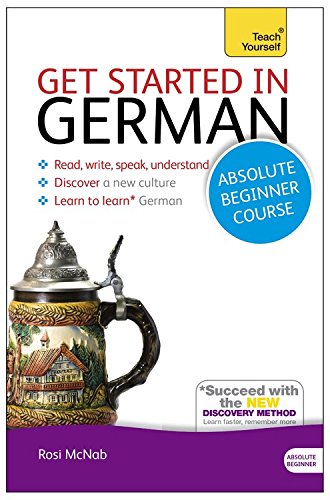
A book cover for Get Started in German Absolute Beginner Course: The essential introduction to reading, writing, speaking and understanding a new language (Teach Yourself); Rosi McNab; Travel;